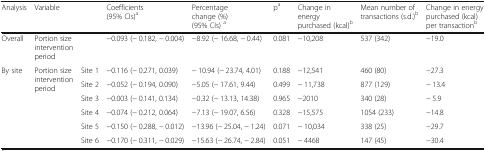
| Analysis | <COLSPAN=2> Variable | Coefficients (95% CIs)a | Percentage change (%) (95% CIs) a | pa | Change in energy purchased (kcal)b | Mean number of transactions (s.d.)b | Change in energy purchased (kcal) per transactionb |
 | --- | --- | --- | --- | --- | --- | --- | --- | --- |
 | Overall | <COLSPAN=2> Portion size intervention period | −0.093 (− 0.182, − 0.004) | −8.92 (− 16.68, − 0.44) | 0.081 | −10,208 | 537 (342) | −19.0 |
 | <ROWSPAN=6> By site | <ROWSPAN=6> Portion size intervention period | Site 1 | −0.116 (− 0.271, 0.039) | − 10.94 (− 23.74, 4.01) | 0.188 | −12,541 | 460 (80) | −27.3 |
 | Site 2 | −0.052 (− 0.194, 0.090) | −5.05 (− 17.61, 9.44) | 0.499 | − 11,738 | 877 (129) | − 13.4 |
 | Site 3 | −0.003 (− 0.141, 0.134) | −0.32 (− 13.13, 14.38) | 0.965 | −2010 | 340 (28) | − 5.9 |
 | Site 4 | −0.074 (− 0.212, 0.064) | −7.13 (− 19.07, 6.56) | 0.328 | −15,575 | 1054 (233) | −14.8 |
 | Site 5 | −0.150 (− 0.288, − 0.012) | −13.96 (− 25.04, − 1.24) | 0.071 | − 10,034 | 338 (25) | −29.7 |
 | Site 6 | −0.170 (− 0.311, − 0.029) | −15.63 (− 26.74, − 2.84) | 0.051 | − 4468 | 147 (45) | −30.4 |